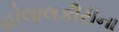
હોલાલકીરીના